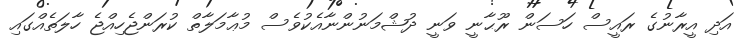
އަދި އީރާނުގެ ރައީސް ހަސަން ރޫޙާނީ ވަނީ ދުޝްމަނުންނާއެކުވެސް މުޢާމަލާތް ކުރަންޖެހިއްޖެ ހާލަތެއްގައި